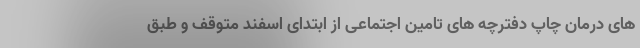
های درمان چاپ دفترچه های تامین اجتماعی از ابتدای اسفند متوقف و طبق